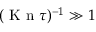
( \ensuremath { \mathrm { ~ K ~ n ~ } } \tau ) ^ { - 1 } \gg 1